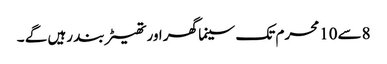
8سے10محرم تک سینما گھر اور تھیٹر بند رہیں گے ۔